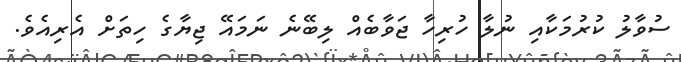
ސުވާލު ކުރުމަކާއި ނުލާ ހުރިހާ ޖަވާބެއް ލިބޭނެ ނަމައޭ ޖިޔާގެ ހިތަށް އެރިއެވެ.